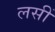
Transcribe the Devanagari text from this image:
लसीं